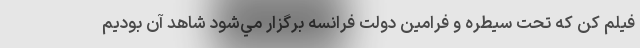
فيلم کن كه تحت سيطره و فرامين دولت فرانسه برگزار مي‌شود شاهد آن بوديم